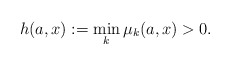
\begin{align*}h(a,x): =\min_k\mu_k(a,x) >0.\end{align*}